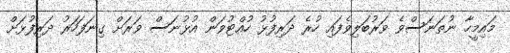
މައިމީހާ ނުތަނަސްވެ ވަރުބަލިވެފައި ހުރެ ދަރިފުޅު ހުއްޓުވަން އުޅުނަސް ވަރަށް ގިނަފަހަރު ދަރިފުޅަށް